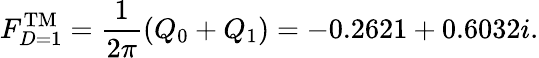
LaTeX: F_{D=1}^{\mathrm{TM}}={\frac{1}{2\pi}}(Q_{0}+Q_{1})=-0.2621+0.6032i.